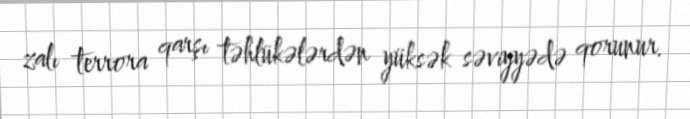
zalı terrora qarşı təhlükələrdən yüksək səviyyədə qorunur.